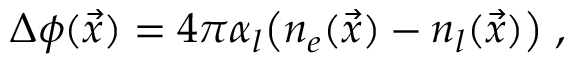
\Delta \phi ( \vec { x } ) = 4 \pi \alpha _ { l } \bigl ( n _ { e } ( \vec { x } ) - n _ { l } ( \vec { x } ) \bigr ) \; ,